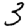
Digit: 3